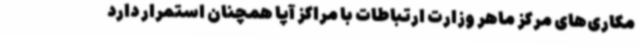
مکاری‌های مرکز ماهر وزارت ارتباطات با مراکز آپا همچنان استمرار دارد